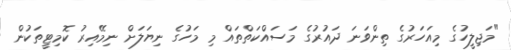
"މަޖިލީހުގެ މިއަހަރުގެ ތިންވަނަ ދައުރުގެ މަސައްކަތްތައް މި މަހުގެ ނިޔަލަށް ނިމޭއިރު ކޮމިޓީތަކުން